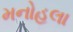
મનોહલા